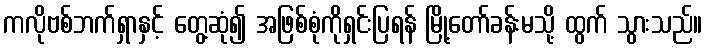
ကလိုဗစ်ဘက်ရှာနှင့် တွေ့ဆုံ၍ အဖြစ်စုံကိုရှင်းပြရန် မြို့တော်ခန်းမသို့ ထွက် သွားသည်။